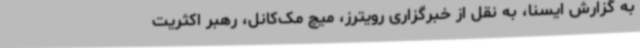
به گزارش ایسنا، به نقل از خبرگزاری رویترز، میچ مک‌کانل، رهبر اکثریت